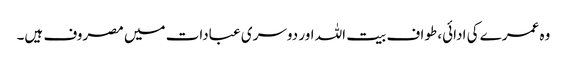
وہ عمرے کی ادائی، طواف بیت اللہ اور دوسری عبادات میں مصروف ہیں۔